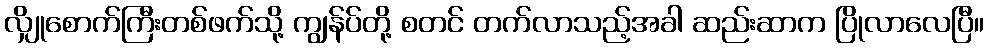
လျှိုစောက်ကြီးတစ်ဖက်သို့ ကျွန်ပ်တို့ စတင် တက်လာသည့်အခါ ဆည်းဆာက ပြိုလာလေပြီ။